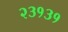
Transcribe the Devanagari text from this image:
२३१३१